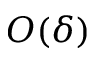
O ( \delta )